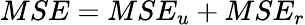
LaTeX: MSE=MSE_{u}+MSE_{r}